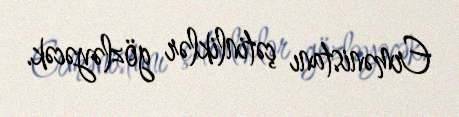
Ermənistanı çətinliklər gözləyəcək.